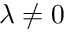
\lambda \neq 0